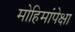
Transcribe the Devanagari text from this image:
मोहिमांपेक्षा